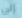
إلى